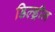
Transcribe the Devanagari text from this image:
डिल्ड्रीन